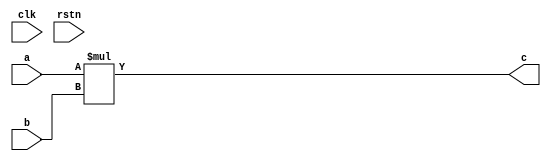
module multiply(
    input clk, rstn,
    input [31:0] a, b,
    output [31:0] c
);

    assign c = a *b;


endmodule